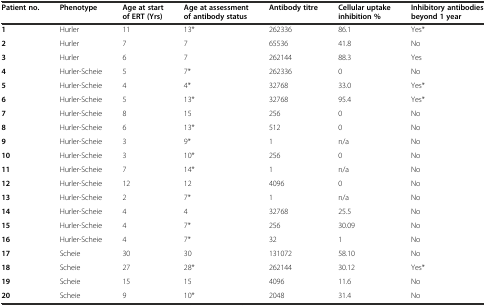
<table><thead><tr><td><b>Patient no.</b></td><td><b>Phenotype</b></td><td><b>Age at start of ERT (Yrs)</b></td><td><b>Age at assessment of antibody status</b></td><td><b>Antibody titre</b></td><td><b>Cellular uptake inhibition %</b></td><td><b>Inhibitory antibodies beyond 1 year</b></td></tr></thead><tbody><tr><td><b>1</b></td><td>Hurler</td><td>11</td><td>13*</td><td>262336</td><td>86.1</td><td>Yes*</td></tr><tr><td><b>2</b></td><td>Hurler</td><td>7</td><td>7</td><td>65536</td><td>41.8</td><td>No</td></tr><tr><td><b>3</b></td><td>Hurler</td><td>6</td><td>7</td><td>262144</td><td>88.3</td><td>Yes</td></tr><tr><td><b>4</b></td><td>Hurler-Scheie</td><td>5</td><td>7*</td><td>262336</td><td>0</td><td>No</td></tr><tr><td><b>5</b></td><td>Hurler-Scheie</td><td>4</td><td>4*</td><td>32768</td><td>33.0</td><td>Yes*</td></tr><tr><td><b>6</b></td><td>Hurler-Scheie</td><td>5</td><td>13*</td><td>32768</td><td>95.4</td><td>Yes*</td></tr><tr><td><b>7</b></td><td>Hurler-Scheie</td><td>8</td><td>15</td><td>256</td><td>0</td><td>No</td></tr><tr><td><b>8</b></td><td>Hurler-Scheie</td><td>6</td><td>13*</td><td>512</td><td>0</td><td>No</td></tr><tr><td><b>9</b></td><td>Hurler-Scheie</td><td>3</td><td>9*</td><td>1</td><td>n/a</td><td>No</td></tr><tr><td><b>10</b></td><td>Hurler-Scheie</td><td>3</td><td>10*</td><td>256</td><td>0</td><td>No</td></tr><tr><td><b>11</b></td><td>Hurler-Scheie</td><td>7</td><td>14*</td><td>1</td><td>n/a</td><td>No</td></tr><tr><td><b>12</b></td><td>Hurler-Scheie</td><td>12</td><td>12</td><td>4096</td><td>0</td><td>No</td></tr><tr><td><b>13</b></td><td>Hurler-Scheie</td><td>2</td><td>7*</td><td>1</td><td>n/a</td><td>No</td></tr><tr><td><b>14</b></td><td>Hurler-Scheie</td><td>4</td><td>4</td><td>32768</td><td>25.5</td><td>No</td></tr><tr><td><b>15</b></td><td>Hurler-Scheie</td><td>4</td><td>7*</td><td>256</td><td>30.09</td><td>No</td></tr><tr><td><b>16</b></td><td>Hurler-Scheie</td><td>4</td><td>7*</td><td>32</td><td>1</td><td>No</td></tr><tr><td><b>17</b></td><td>Scheie</td><td>30</td><td>30</td><td>131072</td><td>58.10</td><td>No</td></tr><tr><td><b>18</b></td><td>Scheie</td><td>27</td><td>28*</td><td>262144</td><td>30.12</td><td>Yes*</td></tr><tr><td><b>19</b></td><td>Scheie</td><td>15</td><td>15</td><td>4096</td><td>11.6</td><td>No</td></tr><tr><td><b>20</b></td><td>Scheie</td><td>9</td><td>10*</td><td>2048</td><td>31.4</td><td>No</td></tr></tbody></table>